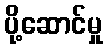
ပို့ဆောင်မှု